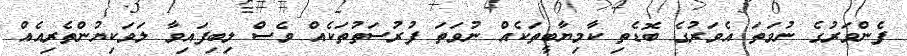
ފެންވަރުގެ ނުވަތަ އެވަރުގެ ބޮޑެތި ކާމިޔާބީތަކެއް ނުވަތަ ފުރުސަތުތަކެއް ވެސް ލިބިފައިވާ ލަވަކިޔުންތެރިއެއް